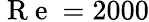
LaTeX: \mathrm{~R~e~}=2000